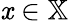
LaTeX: \mathit{x}\in\mathbb{{X}}